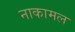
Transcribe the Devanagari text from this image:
नाकामल